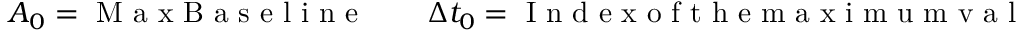
A _ { 0 } = \mathrm { ~ M ~ a ~ x ~ B ~ a ~ s ~ e ~ l ~ i ~ n ~ e ~ } \qquad \Delta t _ { 0 } = \mathrm { ~ I ~ n ~ d ~ e ~ x ~ o ~ f ~ t ~ h ~ e ~ m ~ a ~ x ~ i ~ m ~ u ~ m ~ v ~ a ~ l ~ u ~ e ~ } \qquad D _ { 0 } = \mathrm { ~ B ~ a ~ s ~ e ~ l ~ i ~ n ~ e ~ }